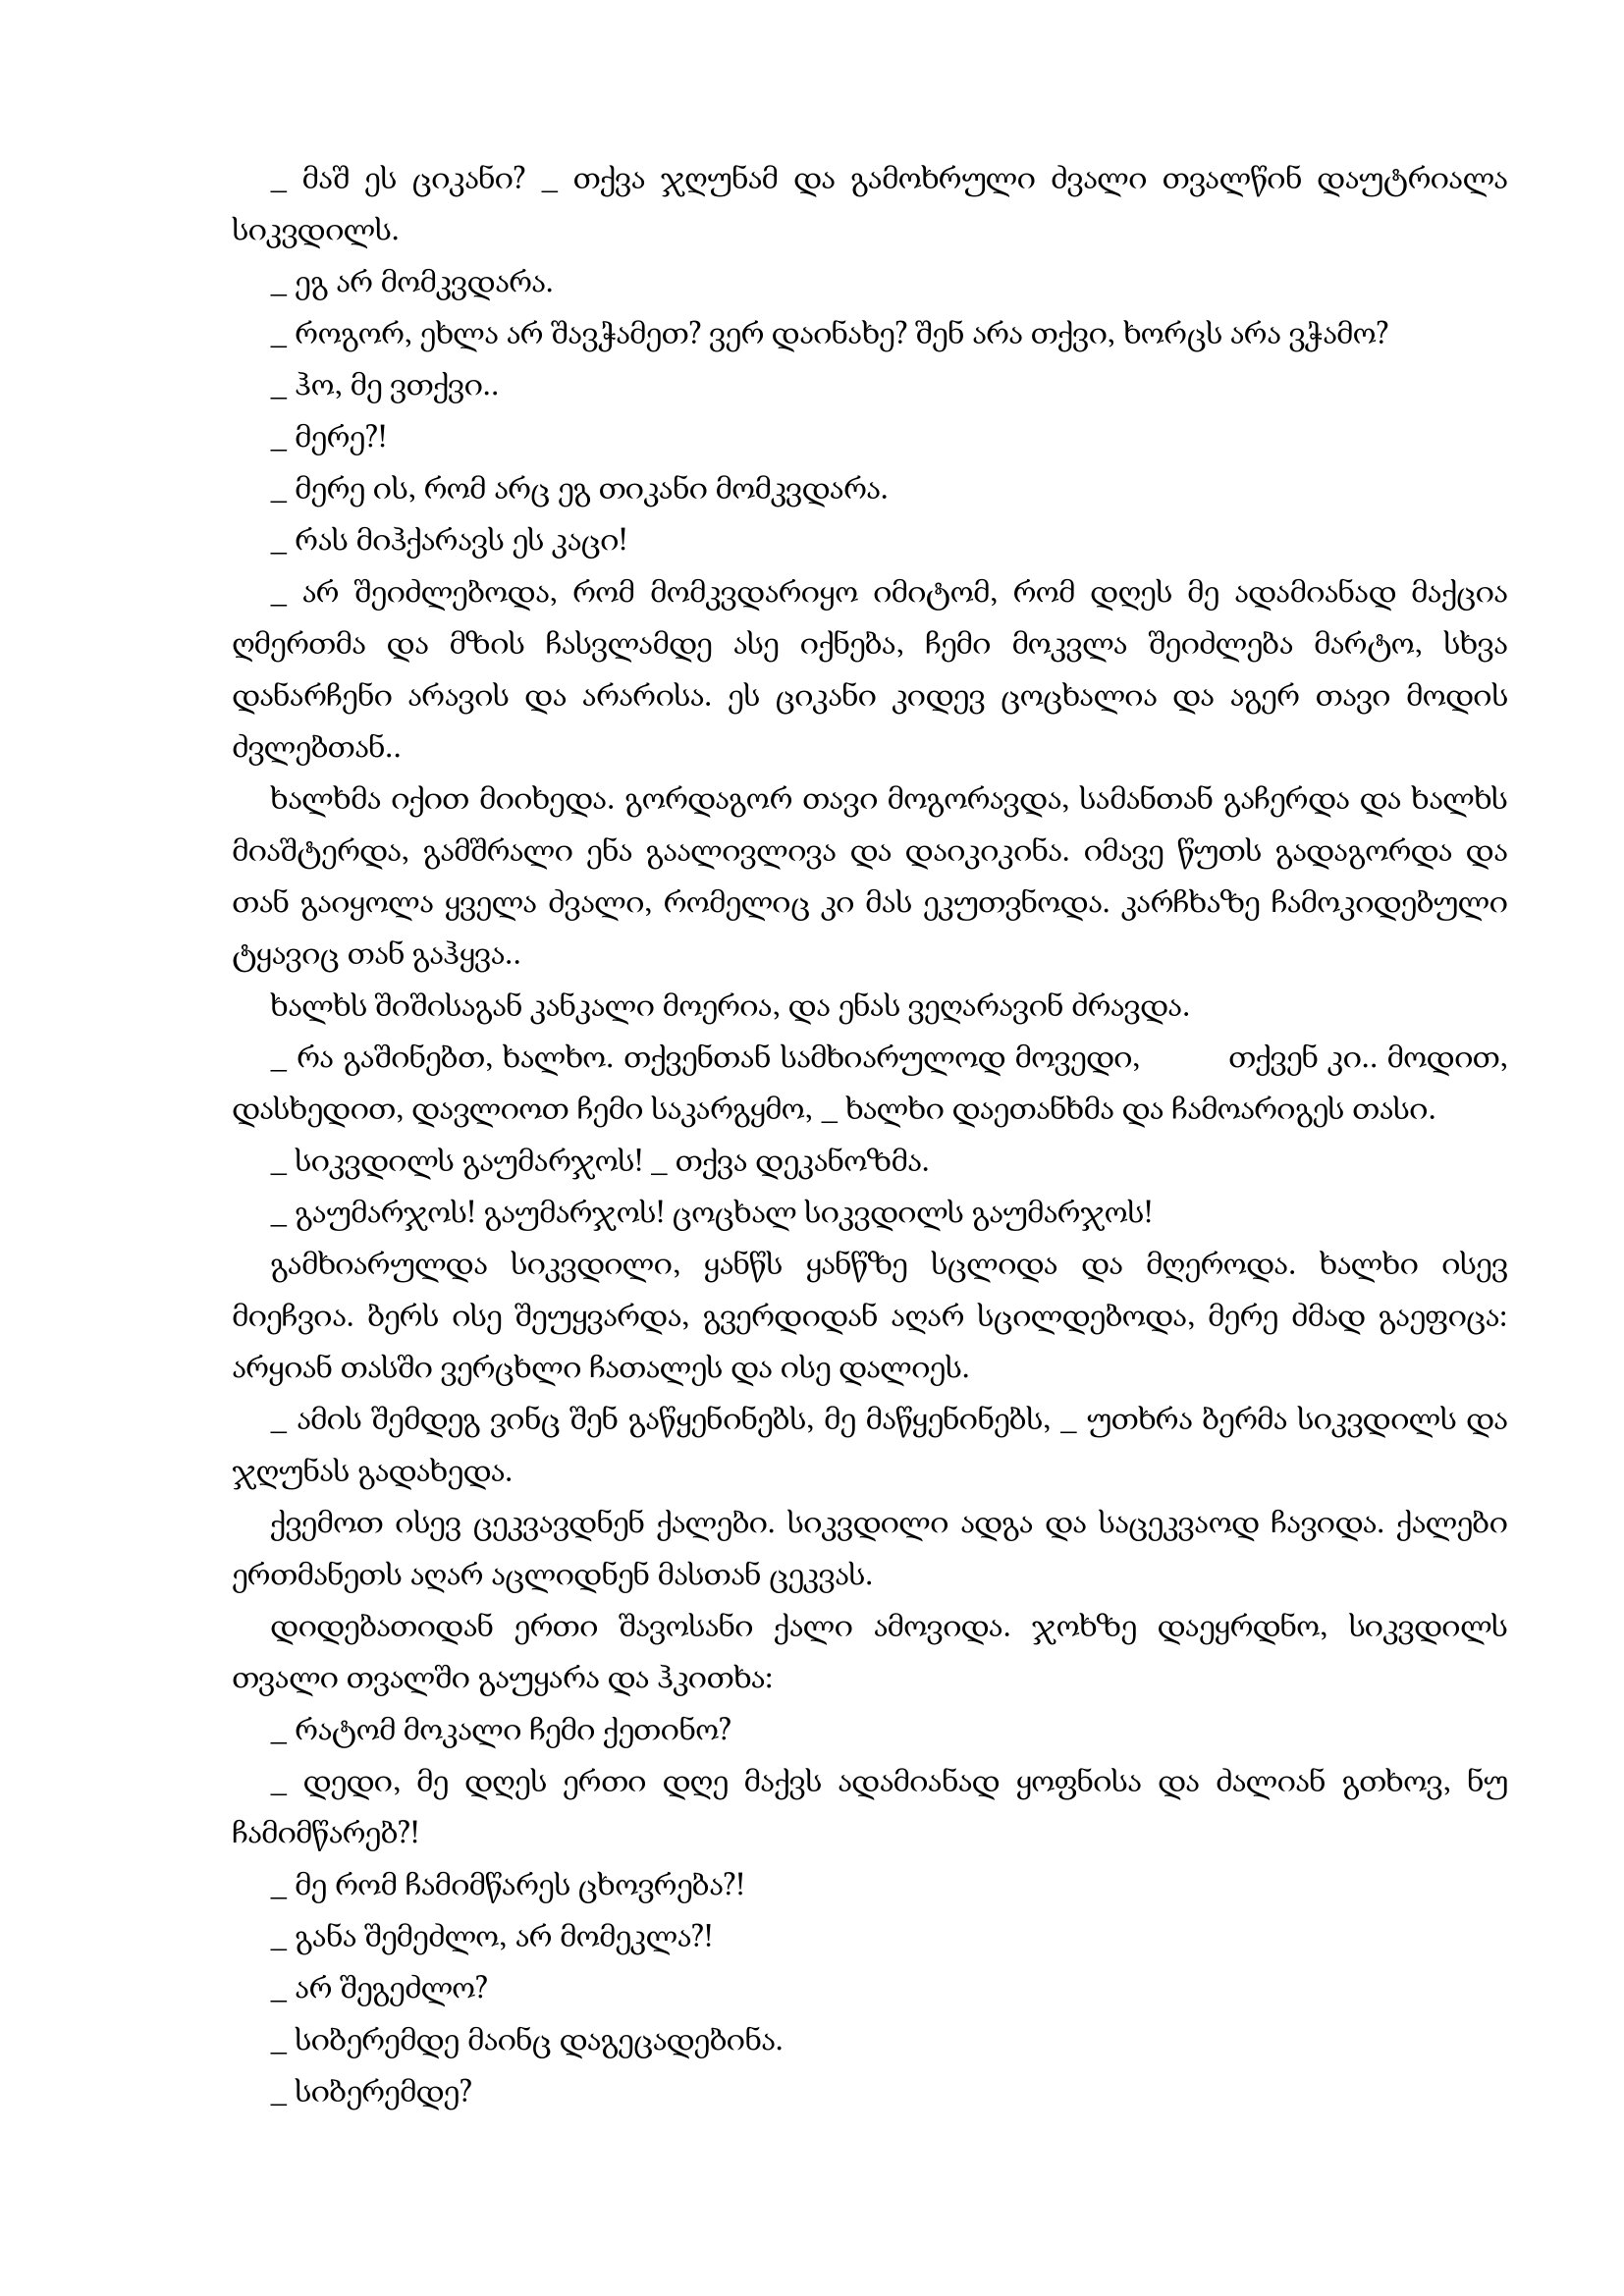
Language: gr